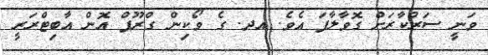
ވަނީ ސަރުކާރަށް ގޮވާލާފަ އެވެ. އދ. ގެ ވޯކިން ގްރޫޕް އޮން އާބިޓްރަރީ